Ranna_vallavalitsus, lk 5
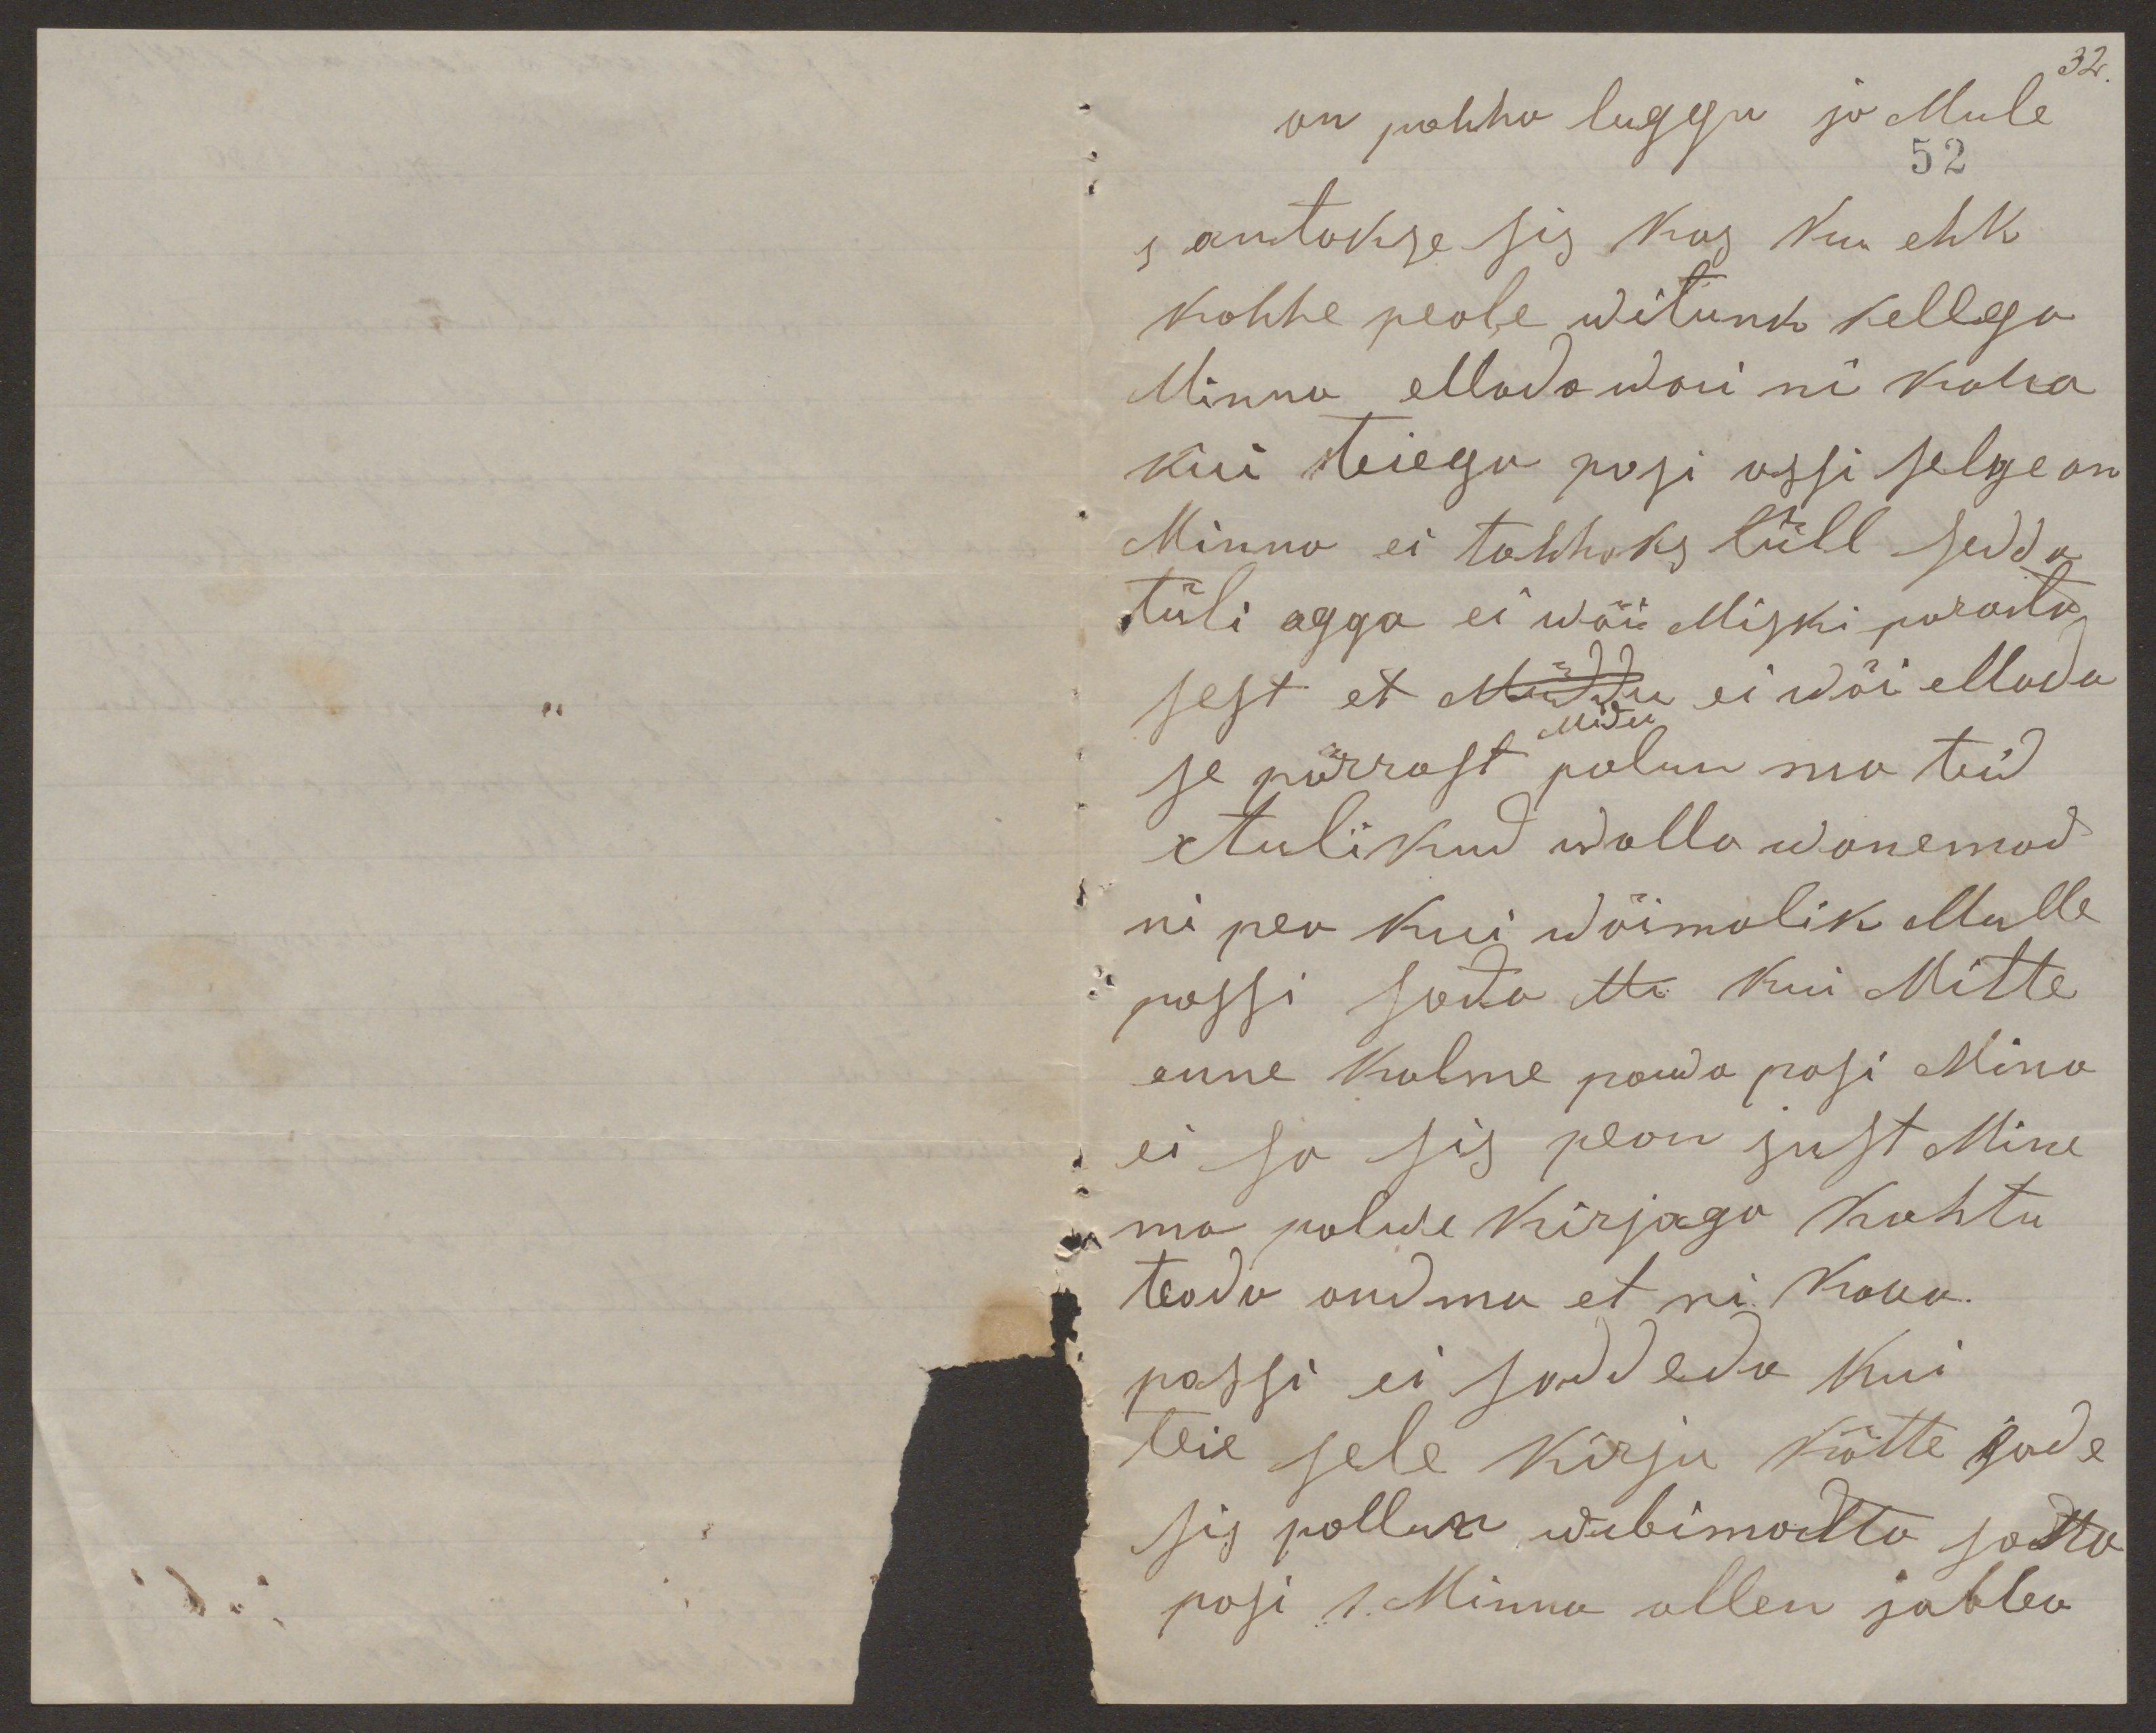
32

on pahha lugegu ja Mule
52
s antakse sis kas kuu ehk
kohhe peale witunk kellega
Minna ellada waei ni koha
kui teiega pasi assi selge on
Minna ei tahhaks küll sedda
tüli agga ei wäi Miski parasta
sest et muiddu ei wöi ellada
muidu
se pärrast palun ma teid
tulikud walla wanemad
ni pea kui wõimalik Mulle
passi sada Mu kui Mitte
enne kolme pauda pasi Mina
ei sa sis pean just Mine
ma palwe kirjaga kohtu
teada andma et ni kaua
passi ei saddeda kui
teie sele kirju kätte sade
sis pallun wibimadta sadto
posi 1. Minna ollen jubba